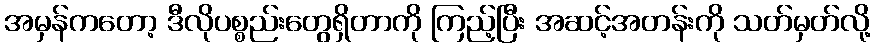
အမှန်ကတော့ ဒီလိုပစ္စည်းတွေရှိတာကို ကြည့်ပြီး အဆင့်အတန်းကို သတ်မှတ်လို့